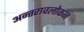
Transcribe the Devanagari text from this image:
अन्तरावलोकन